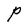
Character: P